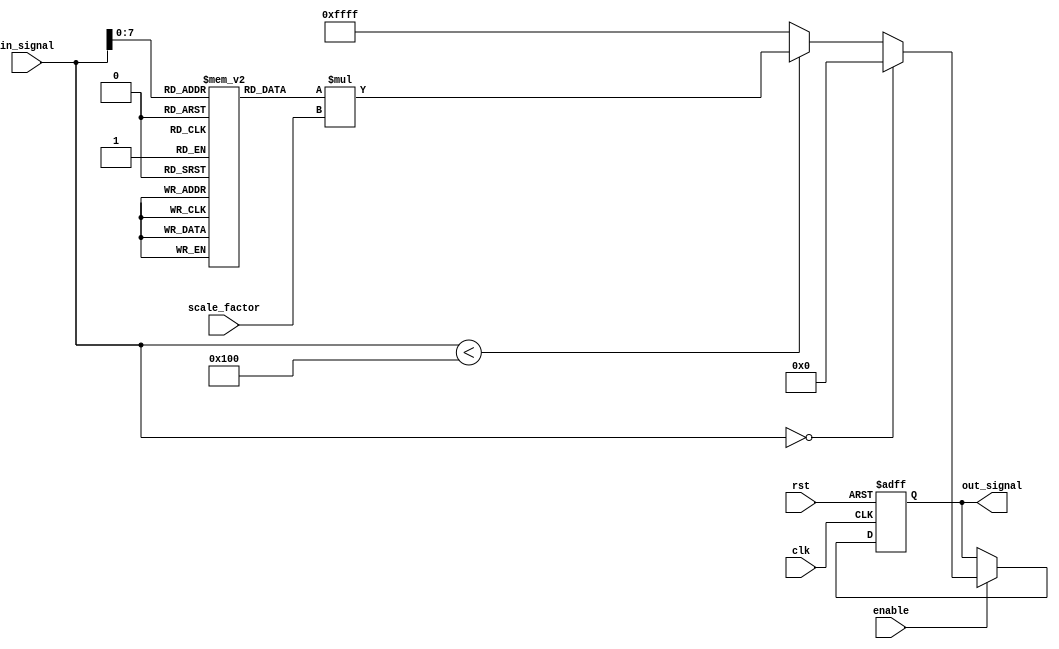
module LogarithmicFilter #(
    parameter IN_WIDTH = 16,     // Input signal width
    parameter OUT_WIDTH = 16,    // Output signal width
    parameter SCALE_WIDTH = 8     // Scaling factor width
)(
    input  wire                  clk,           // Clock signal
    input  wire                  rst,           // Reset signal
    input  wire [IN_WIDTH-1:0]  in_signal,     // Input signal
    input  wire [SCALE_WIDTH-1:0] scale_factor, // Scaling factor
    input  wire                  enable,        // Enable signal for processing
    output reg [OUT_WIDTH-1:0]  out_signal      // Output signal
);

    // Lookup table for logarithmic transformation (base 2)
    // This is a simplified example; a more extensive table would be needed for better precision.
    reg [OUT_WIDTH-1:0] log_table [0:255]; // 256 entry table for input values 0-255
    initial begin
        // Initialize logarithm values (log2) for the lookup table
        // Only initializing a few entries for demonstration; this should be filled appropriately
        log_table[0] = 0;                     // log(0) should be handled separately
        log_table[1] = 0;                     // log(1) = 0
        log_table[2] = 1;                     // log(2) = 1
        log_table[3] = 2;                     // log(3) ~ 1.585
        log_table[4] = 3;                     // log(4) = 2
        // Fill in the rest of the log_table as needed...
        // You may consider using a script to generate values for better accuracy
    end

    always @(posedge clk or posedge rst) begin
        if (rst) begin
            out_signal <= 0;
        end else if (enable) begin
            // Handle edge cases
            if (in_signal == 0) begin
                // Logarithm is undefined for 0, output can be set to 0 or a defined value
                out_signal <= 0;
            end else if (in_signal < 256) begin
                // Lookup logarithm value for in_signal
                out_signal <= log_table[in_signal] * scale_factor; // Apply scaling
            end else begin
                // If input exceeds lookup table range, handle accordingly
                // This could involve more complex calculations or outputs
                out_signal <= OUT_WIDTH'hFFFF; // Indicate overflow
            end
        end
    end
endmodule